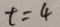
t = 4